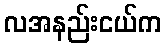
လအနည်းငယ်က